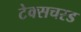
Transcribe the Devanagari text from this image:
टेक्सचरड